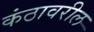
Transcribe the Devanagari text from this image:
कंठावरील